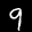
Label: 9